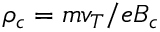
\rho _ { c } = m v _ { T } / e B _ { c }